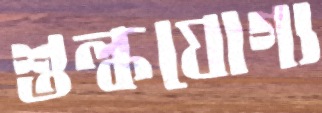
শুল্কযোগ্য